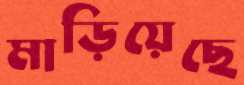
মাড়িয়েছে